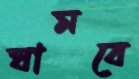
ঘামবে